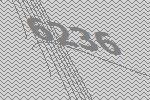
6236